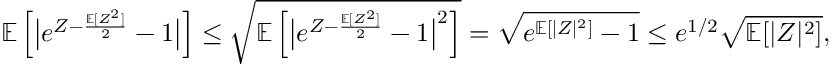
{ \ensuremath { \mathbb E } } \left[ \big | e ^ { Z - \frac { { \ensuremath { \mathbb E } } [ Z ^ { 2 } ] } { 2 } } - 1 \big | \right] \le \sqrt { { \ensuremath { \mathbb E } } \left[ \big | e ^ { Z - \frac { { \ensuremath { \mathbb E } } [ Z ^ { 2 } ] } { 2 } } - 1 \big | ^ { 2 } \right] } = \sqrt { e ^ { { \ensuremath { \mathbb E } } [ | Z | ^ { 2 } ] } - 1 } \le e ^ { 1 / 2 } \sqrt { { \ensuremath { \mathbb E } } [ | Z | ^ { 2 } ] } ,